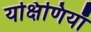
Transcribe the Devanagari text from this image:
यक्षिणियाँ